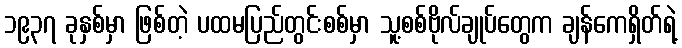
၁၉၃၇ ခုနှစ်မှာ ဖြစ်တဲ့ ပထမပြည်တွင်းစစ်မှာ သူ့စစ်ဗိုလ်ချုပ်တွေက ချန်ကေရှိတ်ရဲ့